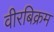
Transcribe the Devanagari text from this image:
वीरबिक्रम